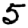
Digit: 5